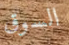
السوق